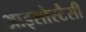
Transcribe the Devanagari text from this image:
आइसोस्टैसी